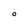
Character: O